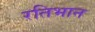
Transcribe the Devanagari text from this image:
रतिभान